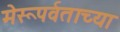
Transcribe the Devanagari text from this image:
मेरूपर्वताच्या